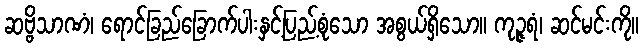
ဆဗ္ဗိသာဏံ၊ ရောင်ခြည်ခြောက်ပါးနှင့်ပြည့်စုံသော အစွယ်ရှိသော။ ကုဉ္ဇရံ၊ ဆင်မင်းကို။